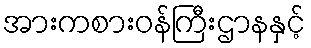
အားကစားဝန်ကြီးဌာနနှင့်